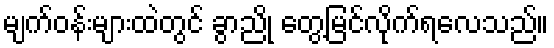
မျက်ဝန်းများထဲတွင် ခွာညို တွေ့မြင်လိုက်ရလေသည်။